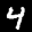
Digit: 4